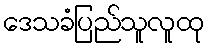
ဒေသခံပြည်သူလူထု